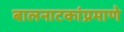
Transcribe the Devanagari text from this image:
बालनाटकांप्रमाणे